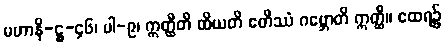
မဟာနိ-ဋ္ဌ-၄၆၊ ပါ-၉၊ ဣတ္ထီတိ ထိယတိ ဧတိဿံ ဂဗ္ဘောတိ ဣတ္ထီ။ ထေရ၌